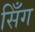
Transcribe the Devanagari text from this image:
सिँग